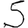
Digit: 5